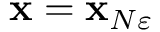
\mathbf { x } = \mathbf { x } _ { N \varepsilon }